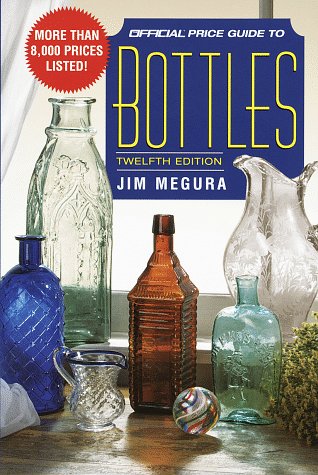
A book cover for Official Price Guide to Bottles; Jim Megura; Crafts, Hobbies & Home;